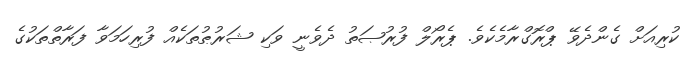
ކުރިއަށް ގެންދެވޭ ޕްރޮގްރާމެކެވެ. ޕެރޯލް ފުރުޞަތު ދެވެނީ ވަކި ޝަރުޠުތަކެއް ފުރިހަމަވާ ފަރާތްތަކުގެ